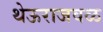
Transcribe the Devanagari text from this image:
थेऊराजवळ